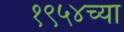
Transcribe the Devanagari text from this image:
१९५४च्या